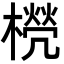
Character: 橩